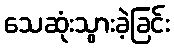
သေဆုံးသွားခဲ့ခြင်း